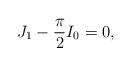
LaTeX: \begin{align*} J_1-\frac{\pi}{2}I_0=0, \end{align*}